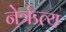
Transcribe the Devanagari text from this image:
नेर्ऋत्य